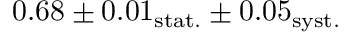
0 . 6 8 \pm 0 . 0 1 _ { \mathrm { s t a t . } } \pm 0 . 0 5 _ { \mathrm { s y s t . } }